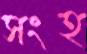
সংহ